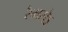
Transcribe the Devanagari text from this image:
रैमसेऽ